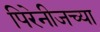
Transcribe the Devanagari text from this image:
पिरेनीजच्या